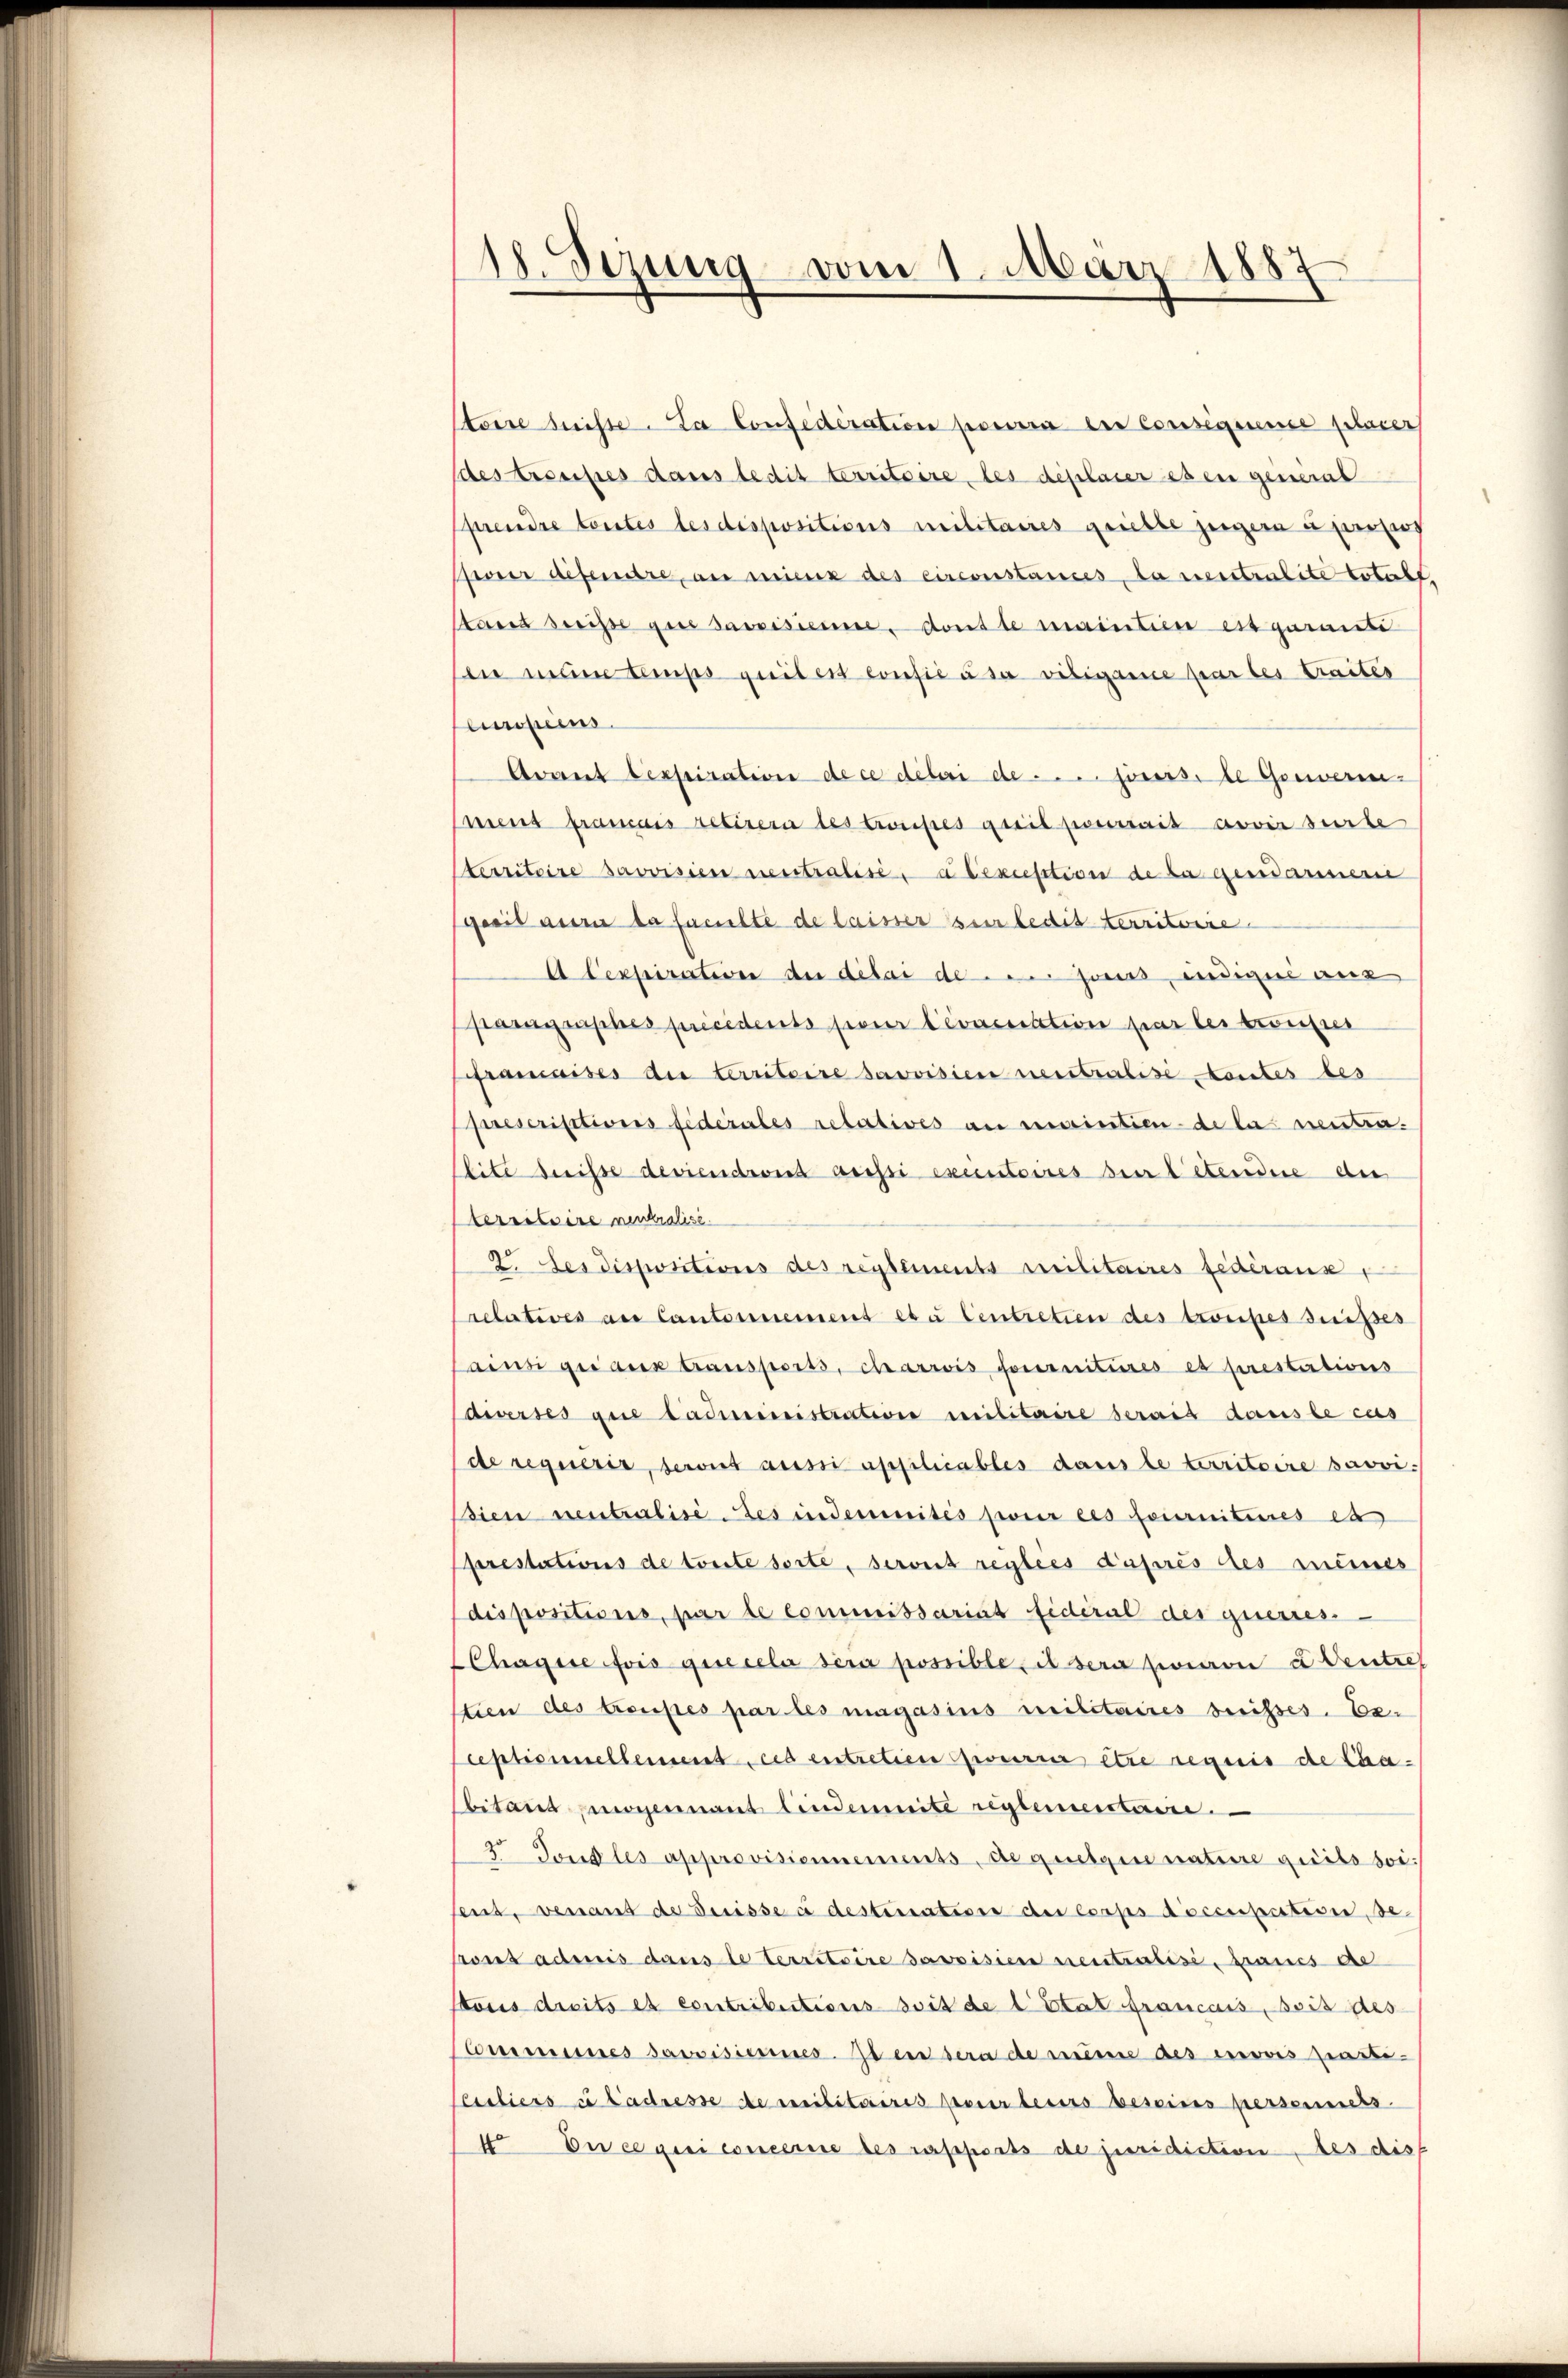
¬
Sizung vom 1. März 1887

stoire beiste. La Confederation pourra der Consequence placer
des resistes dans ledit territoire, les deplaier es en general
prendre toutes les dispositions militaires giebte zeigern u jeweis
Peer defenstre, an missig des circonstances, da ventenlite totale
tand dreisse gut sassisiemme, dont le maintien est garante
En man temps quibert confié à sa vibigare par les traites
einpeis
Avant lexpiration de ce deberi de . . .. jours de Gewerenment framais retirern des troupes gwil pouvais avoir surte
sterritoire savvisien neutralisé, abexuisition de la gendarsterie
gesit aura la faculte de laisser sur ledit territorie
A Cexpiration an ditai de jours indique aus
pamigraphes précédents pour levacuation par lei trousser
ramaises die territoire savoisien neutralisé contes bes
prescriptions fédérales relatives an unsintien de la neuten.
lite Suisse deviendront geisti excintoires sei letendere die
territoire neutralisi
2. Les dispositions des reglements Militaires Federaus,
relatives au Cantoniement eta Centretien des troutes Suisses
Lainsi geraus transports, chariis fournitures es prestertions
Cawerses que ladiministration militaire serais dans le cas
de requérir, serirt aussi applicables dans le territoire savvi
dien neutralisé des indemnités pour ces fournitiores es
prestations de toute sorte, seront reglees Kaprès des meines
dispositions, par le commissariat fidéral des guerres. —
Chagire fois que cela sera possible, sera parie eventref
tien des troupes par les magasius militaires beisses. Ee-
ceptionellement ces entretien pourra être requis de Cha-
bitand moyennant lindemnité reglementiere.
3. Fond les approvisionnements, de quelque nature quits soi
ent, venant de Suisse à destination der Corps doccupation, de
pont admis dans le territoire savoisien neutralisi, Baues de
Kous dreits et contributions soit de l’Etat francois Bois des
Cmmines Sacrisieres. Il en sera de müsse des envis parte-
Clerliers in Ladresse de militaires Bauer besers beseine personners
4. En ce qui concerie des rapports de juridiction des dis